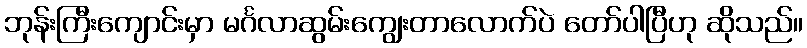
ဘုန်းကြီးကျောင်းမှာ မင်္ဂလာဆွမ်းကျွေးတာလောက်ပဲ တော်ပါပြီဟု ဆိုသည်။